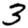
Digit: 3